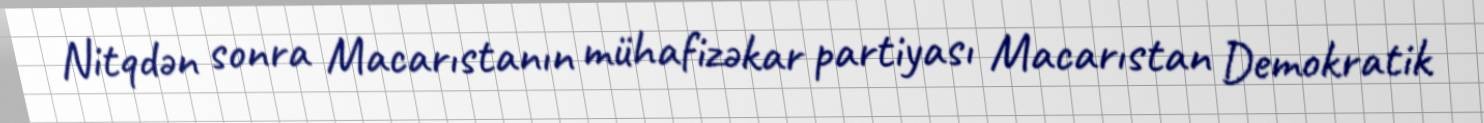
Nitqdən sonra Macarıstanın mühafizəkar partiyası Macarıstan Demokratik